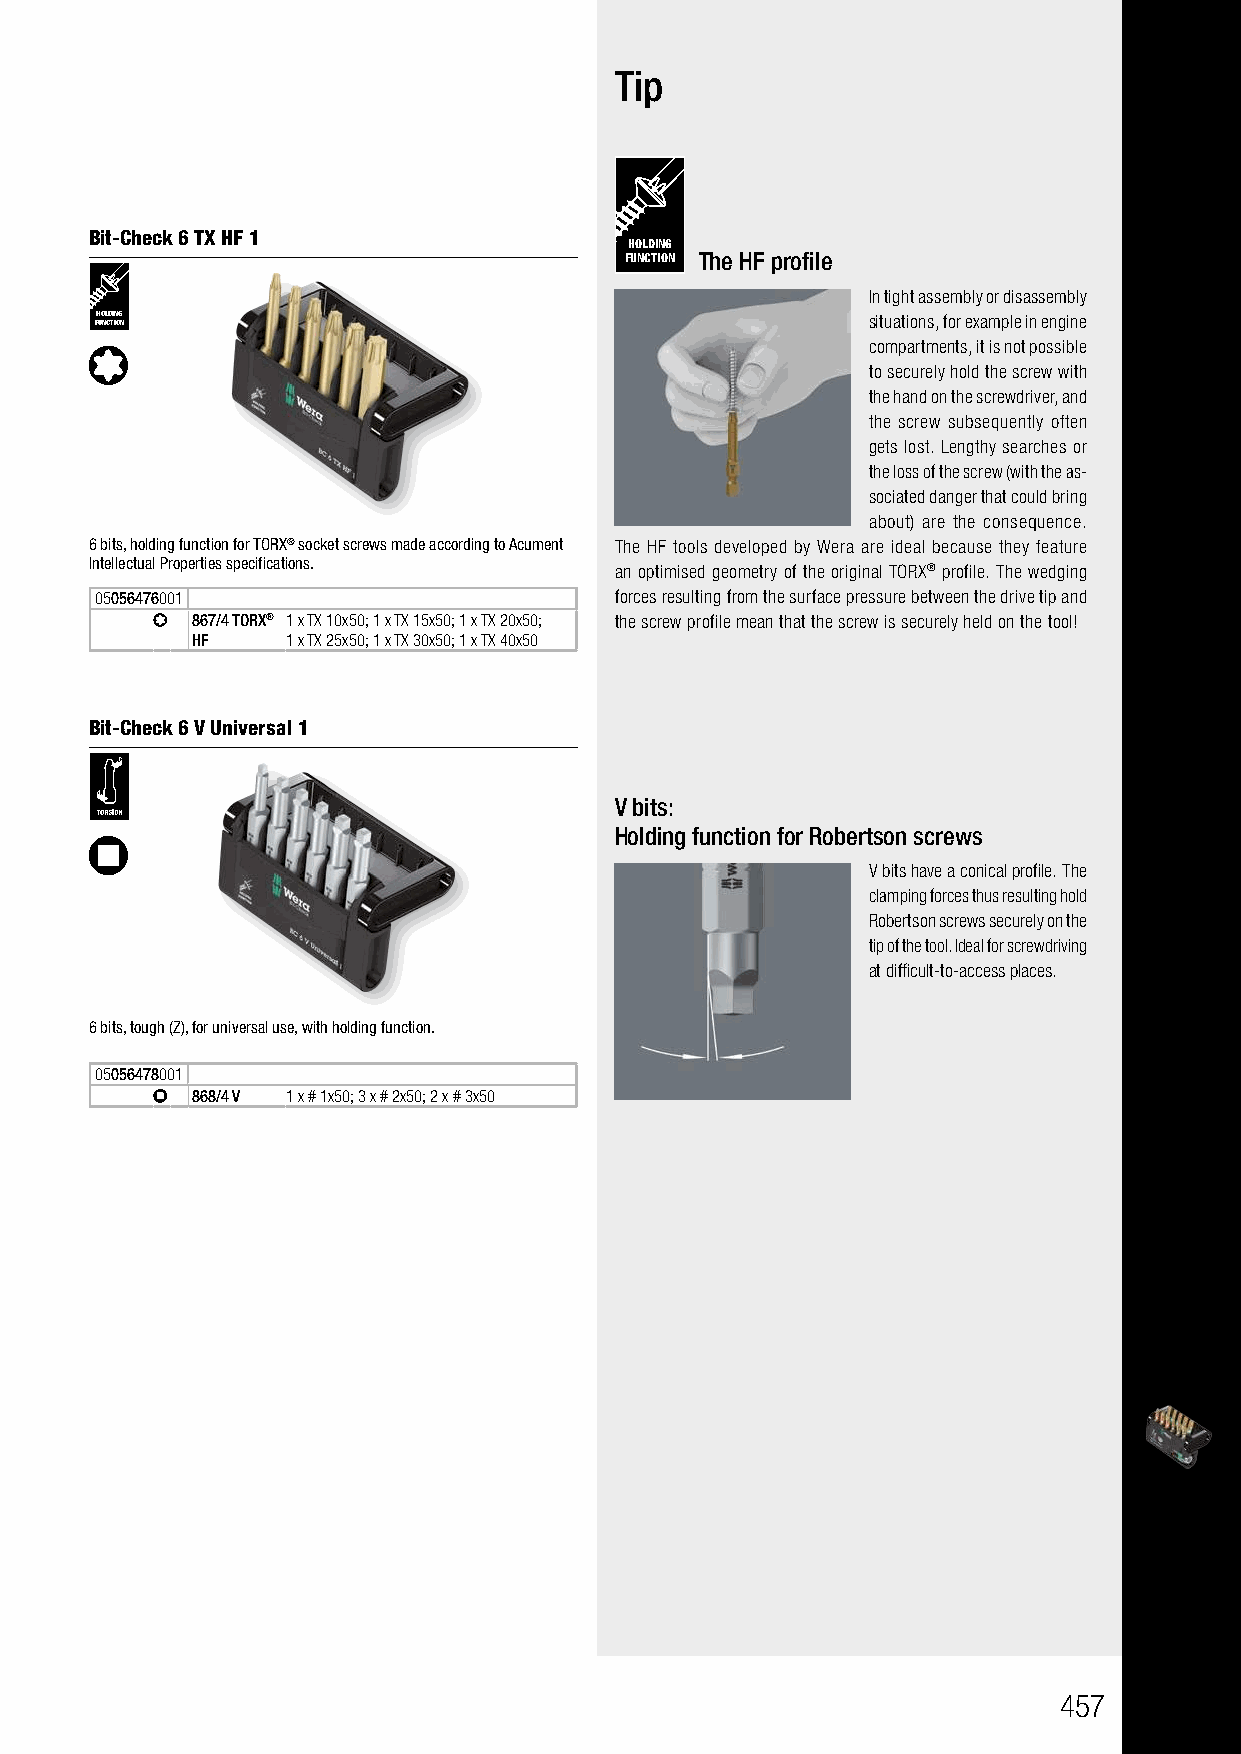
Tip
 Bit-Check 6 TX HF 1
 HOLDING
 FUNCTION The HF profile
 In tight assembly or disassembly
 FH UO NL CD TI IN OG N                             situations, for example in engine
 compartments, it is not possible
 to securely hold the screw with
 the hand on the screwdriver, and
 the screw subsequently often
 gets lost. Lengthy searches or
 the loss of the screw (with the as-
 sociated danger that could bring
 about) are the consequence.
 6 bits, holding function for TORX® socket screws made according to Acument The HF tools developed by Wera are ideal because they feature
 Intellectual Properties specifications.
 an optimised geometry of the original TORX® profile. The wedging
 05056476001                        forces resulting from the surface pressure between the drive tip and
 867/4 TORX® 1 x TX 10x50; 1 x TX 15x50; 1 x TX 20x50; the screw profile mean that the screw is securely held on the tool!
 HF    1 x TX 25x50; 1 x TX 30x50; 1 x TX 40x50
 Bit-Check 6 V Universal 1
 V bits:
 Holding function for Robertson screws
 V bits have a conical profile. The
 clamping forces thus resulting hold
 Robertson screws securely on the
 tip of the tool. Ideal for screwdriving
 at difficult-to-access places.
 6 bits, tough (Z), for universal use, with holding function.
 05056478001
 868/4 V 1 x # 1x50; 3 x # 2x50; 2 x # 3x50
 457